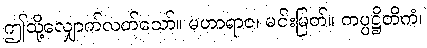
ဤသို့လျှောက်လတ်သော်။ မဟာရာဇ၊ မင်းမြတ်။ ကပ္ပဋ္ဌိတိကံ၊